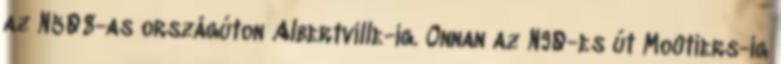
az N508-as országúton Albertville-ig. Onnan az N90-es út Moûtiers-ig